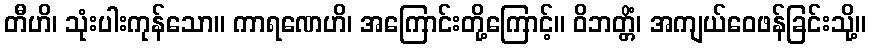
တီဟိ၊ သုံးပါးကုန်သော။ ကာရဏေဟိ၊ အကြောင်းတို့ကြောင့်။ ဝိဘတ္တိံ၊ အကျယ်ဝေဖန်ခြင်းသို့။